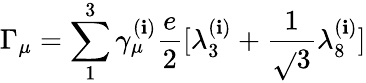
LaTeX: \Gamma_{\mu}=\sum_{1}^{3}\gamma_{\mu}^{(\mathbf{i})}\frac{{e}}{{2}}[\lambda_{3}^{(\mathbf{i})}+\frac{{1}}{{\sqrt{}{{3}}}}\lambda_{8}^{(\mathbf{i})}]